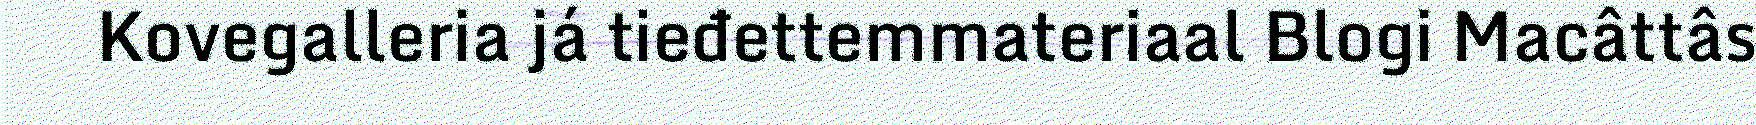
Kovegalleria já tieđettemmateriaal Blogi Macâttâs